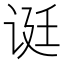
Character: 𬣻